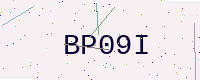
Text: BP09I